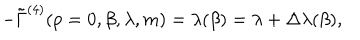
LaTeX: - \tilde { \Gamma } ^ { ( 4 ) } ( p = 0 , \beta , \lambda , m ) = \lambda ( \beta ) = \lambda + \Delta \lambda ( \beta ) ,